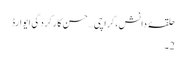
حلقۂ دانش،کراچی…حسنِ کارکردگی ایوارڈ
2۔